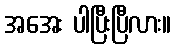
အအေး ပါပြီးပြီလား။